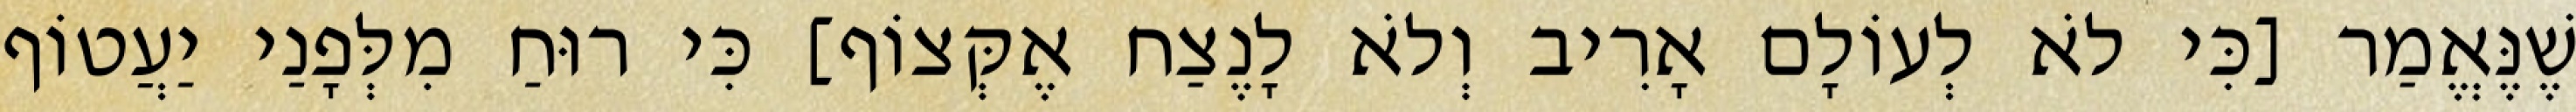
שֶׁנֶּאֱמַר [כִּי לֹא לְעוֹלָם אָרִיב וְלֹא לָנֶצַח אֶקְּצוֹף] כִּי רוּחַ מִלְּפָנַי יַעֲטוֹף